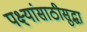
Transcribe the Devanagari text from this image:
पक्ष्यांसाठीसुद्धा